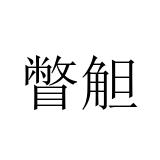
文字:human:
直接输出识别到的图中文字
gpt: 瞥觛